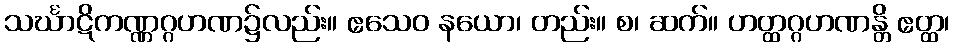
သင်္ဃာဋိကဏ္ဏဂ္ဂဟဏ၌လည်း။ ဧသေဝ နယော၊ တည်း။ စ၊ ဆက်။ ဟတ္ထဂ္ဂဟဏန္တိ ဧတ္ထ၊